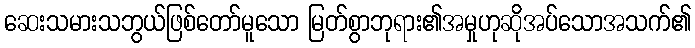
ဆေးသမားသဘွယ်ဖြစ်တော်မူသော မြတ်စွာဘုရား၏အမှုဟုဆိုအပ်သောအသက်၏